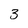
Character: 3